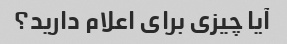
آیا چیزی برای اعلام دارید؟